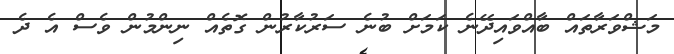
މަޝްވަރާތައް ބާއްވައިދޭނެ ކަމަށް ބުނެ ސަރުކާރުން ގޮތެއް ނިންމުުން ވެސް އެ ދެ